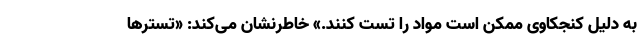
به دلیل کنجکاوی ممکن است مواد را تست کنند.» خاطرنشان می‌کند: «تسترها